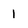
Character: 1